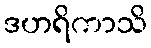
ဒဟရိကာသိ